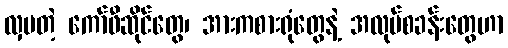
လှပတဲ့ ကော်ဖီဆိုင်တွေ၊ အားကစားရုံတွေနဲ့ အလုပ်စခန်းတွေဟာ